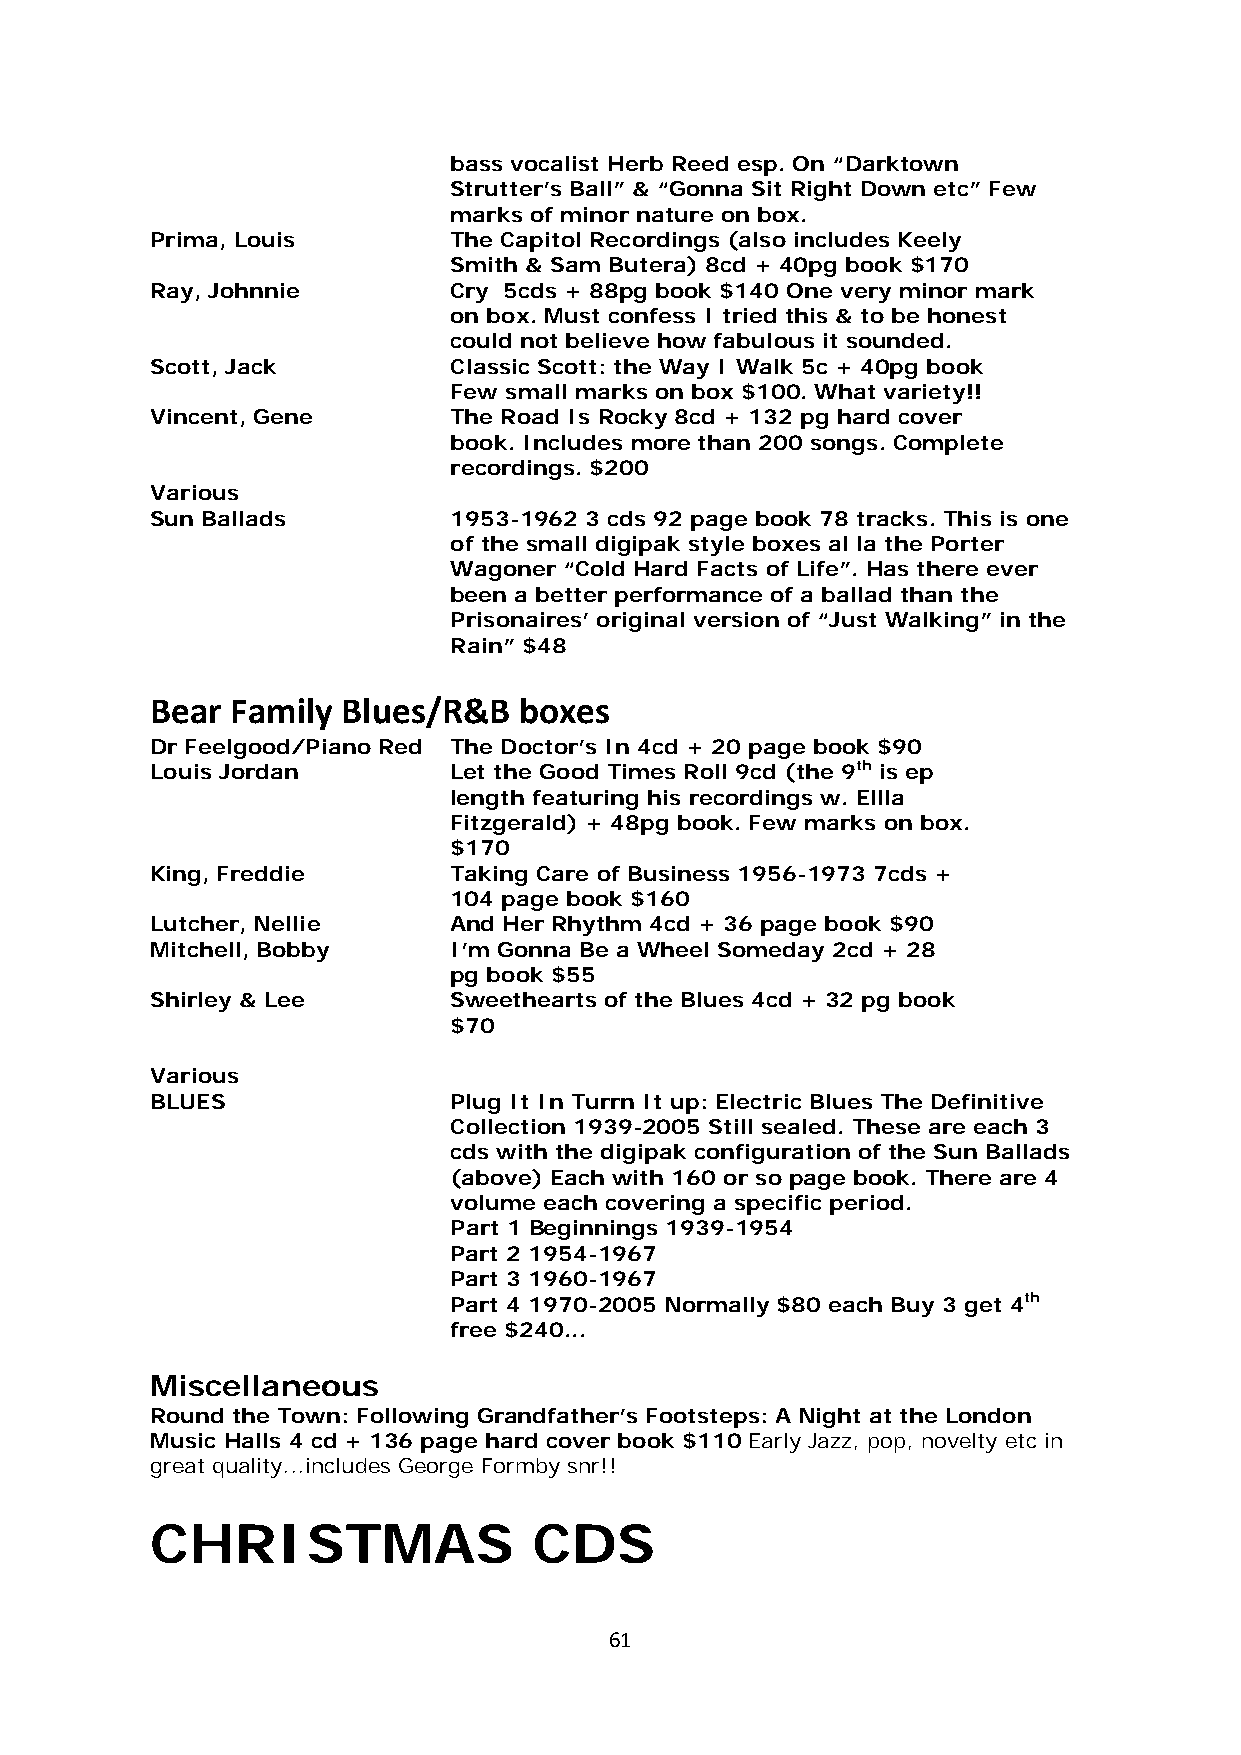
bass vocalist Herb Reed esp. On “Darktown
 Strutter’s Ball” & “Gonna Sit Right Down etc” Few
 marks of minor nature on box.
 Prima, Louis        The Capitol Recordings (also includes Keely
 Smith & Sam Butera) 8cd + 40pg book $170
 Ray, Johnnie        Cry 5cds + 88pg book $140 One very minor mark
 on box. Must confess I tried this & to be honest
 could not believe how fabulous it sounded.
 Scott, Jack         Classic Scott: the Way I Walk 5c + 40pg book
 Few small marks on box $100. What variety!!
 Vincent, Gene       The Road Is Rocky 8cd + 132 pg hard cover
 book. Includes more than 200 songs. Complete
 recordings. $200
 Various
 Sun Ballads         1953-1962 3 cds 92 page book 78 tracks. This is one
 of the small digipak style boxes al la the Porter
 Wagoner “Cold Hard Facts of Life”. Has there ever
 been a better performance of a ballad than the
 Prisonaires’ original version of “Just Walking” in the
 Rain” $48
 Bear Family  Blues/R&B  boxes
 Dr Feelgood/Piano Red The Doctor’s In 4cd + 20 page book $90
 Louis Jordan        Let the Good Times Roll 9cd (the 9th is ep
 length featuring his recordings w. Ellla
 Fitzgerald) + 48pg book. Few marks on box.
 $170
 King, Freddie       Taking Care of Business 1956-1973 7cds +
 104 page book $160
 Lutcher, Nellie     And Her Rhythm 4cd + 36 page book $90
 Mitchell, Bobby     I’m Gonna Be a Wheel Someday 2cd + 28
 pg book $55
 Shirley & Lee       Sweethearts of the Blues 4cd + 32 pg book
 $70
 Various
 BLUES               Plug It In Turrn It up: Electric Blues The Definitive
 Collection 1939-2005 Still sealed. These are each 3
 cds with the digipak configuration of the Sun Ballads
 (above) Each with 160 or so page book. There are 4
 volume each covering a specific period.
 Part 1 Beginnings 1939-1954
 Part 2 1954-1967
 Part 3 1960-1967
 Part 4 1970-2005 Normally $80 each Buy 3 get 4th
 free $240...
 Miscellaneous
 Round the Town: Following Grandfather’s Footsteps: A Night at the London
 Music Halls 4 cd + 136 page hard cover book $110 Early Jazz, pop, novelty etc in
 great quality...includes George Formby snr!!
 CHRISTMAS                CDS
 61